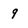
Character: 9